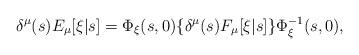
LaTeX: \begin{align*}\delta^\mu(s) E_\mu[\xi|s] = \Phi_\xi(s,0) \{\delta^\mu(s) F_\mu[\xi|s]\} \Phi_\xi^{-1}(s,0),\end{align*}